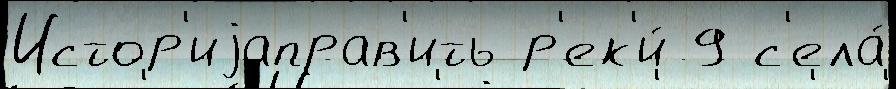
Истор'иjаправ'ить р'ек'и́ 9 с'ела́